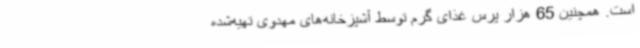
است. همچنین 65 هزار پرس غذای گرم توسط آشپزخانه‌های مهدوی تهیه‌شده